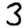
Digit: 3